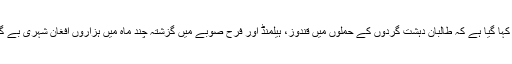
رپورٹوں میں کہا گیا ہے کہ طالبان دہشت گردوں کے حملوں میں قندوز، ہیلمنڈ اور فرح صوبے میں گزشتہ چند ماہ میں ہزاروں افغان شہری بے گھر ہوئے ہیں۔